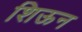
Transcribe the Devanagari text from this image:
शिऊन